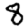
Digit: 8